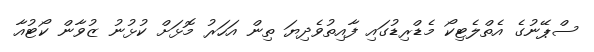
ސްޕޭނުގެ އެތްލެޓިކޯ މެޑްރިޑުގައި ފާއިތުވެދިޔަ ތިން އަހަރު މޮޅަށް ކުޅުނު ޒުވާން ކޯޓުއާ